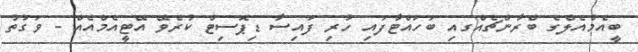
ބީއެމްއެލްގެ ބްރާންޗެއްގއި ބަހައްޓާފައި ހުރި ފައިސާ ޑިޕޮސިޓް ކުރެވޭ އޭޓީއެމްއެއް - ވަގުތު